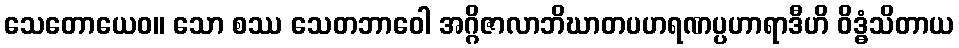
သေတောယေဝ။ သော စဿ သေတဘာဝေါ အဂ္ဂိဇာလာဘိဃာတပဟရဏပ္ပဟာရာဒီဟိ ဝိဒ္ဓံသိတာယ